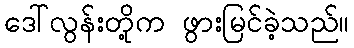
ဒေါ်လွန်းတို့က ဖွားမြင်ခဲ့သည်။